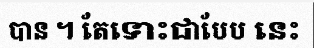
បាន ។ តែទោះជាបែប នេះ